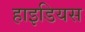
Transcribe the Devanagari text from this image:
हाइडियस